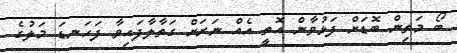
ބޯ މަތިން ބޮޑަށް ފަޅުވާން އޮތީ އެއް ނަރަށް ގަތާލާފައިވާ ފަހަނޑަ މަލުގެ